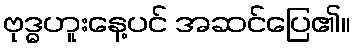
ဗုဒ္ဓဟူးနေ့ပင် အဆင်ပြေ၏။